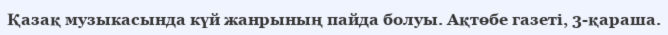
Қазақ музыкасында күй жанрының пайда болуы. Ақтөбе газеті, 3-қараша.